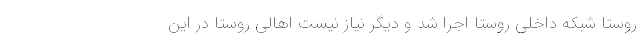
روستا شبکه داخلی روستا اجرا شد و دیگر نیاز نیست اهالی روستا در این